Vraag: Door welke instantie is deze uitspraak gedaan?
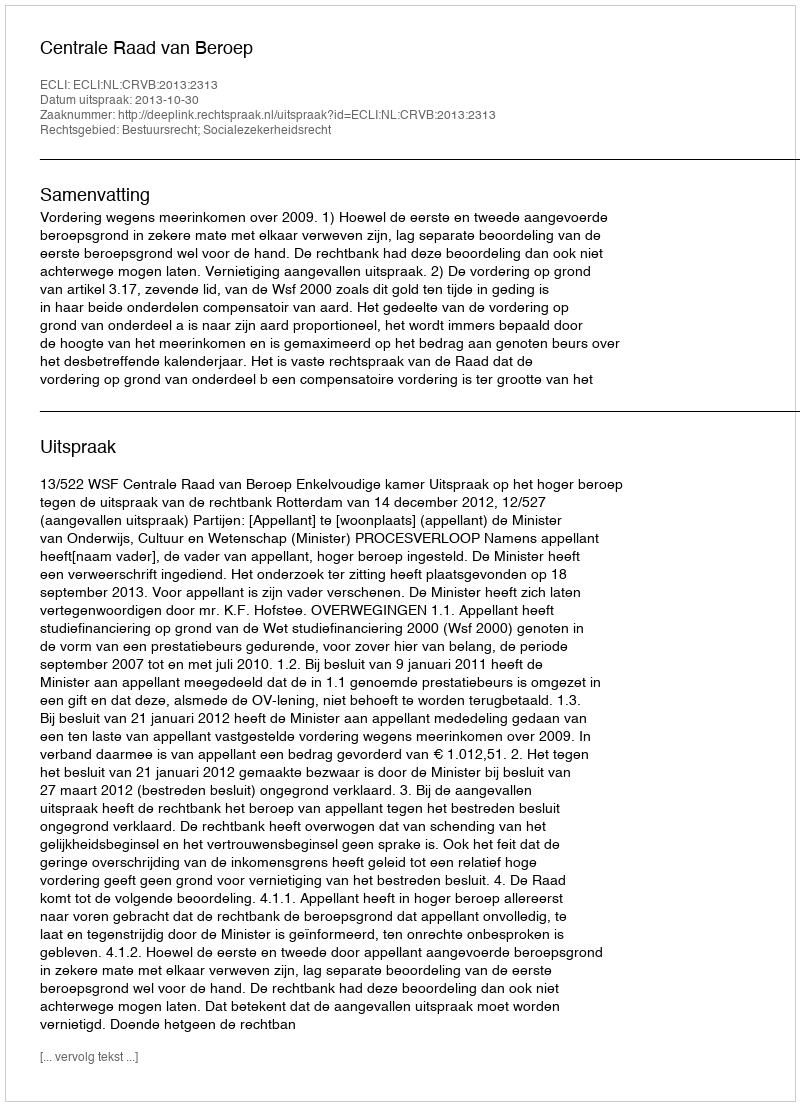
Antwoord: Centrale Raad van Beroep